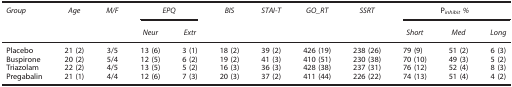
| Group | Age | M/F | <COLSPAN=2> EPQ | BIS | STAI-T | GO_RT | SSRT | <COLSPAN=3> Pinhibit% |
 |  |  |  | Neur | Extr |  |  |  |  | Short | Med | Long |
 | --- | --- | --- | --- | --- | --- | --- | --- | --- | --- | --- | --- |
 | Placebo | 21 (2) | 3/5 | 13 (6) | 3 (1) | 18 (2) | 39 (2) | 426 (19) | 238 (26) | 79 (9) | 51 (2) | 6 (3) |
 | Buspirone | 20 (2) | 5/4 | 12 (5) | 6 (2) | 19 (2) | 41 (3) | 410 (51) | 230 (38) | 70 (10) | 49 (3) | 5 (2) |
 | Triazolam | 22 (2) | 4/5 | 13 (5) | 5 (2) | 16 (3) | 36 (3) | 428 (38) | 237 (31) | 76 (12) | 52 (4) | 8 (3) |
 | Pregabalin | 21 (1) | 4/4 | 12 (6) | 7 (3) | 20 (3) | 37 (2) | 411 (44) | 226 (22) | 74 (13) | 51 (4) | 4 (2) |